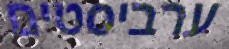
ערביסטים